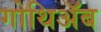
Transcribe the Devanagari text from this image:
गोथिॲब